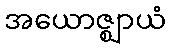
အယောဇ္ဈာယံ